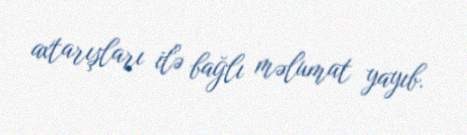
axtarışları ilə bağlı məlumat yayıb.